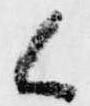
候